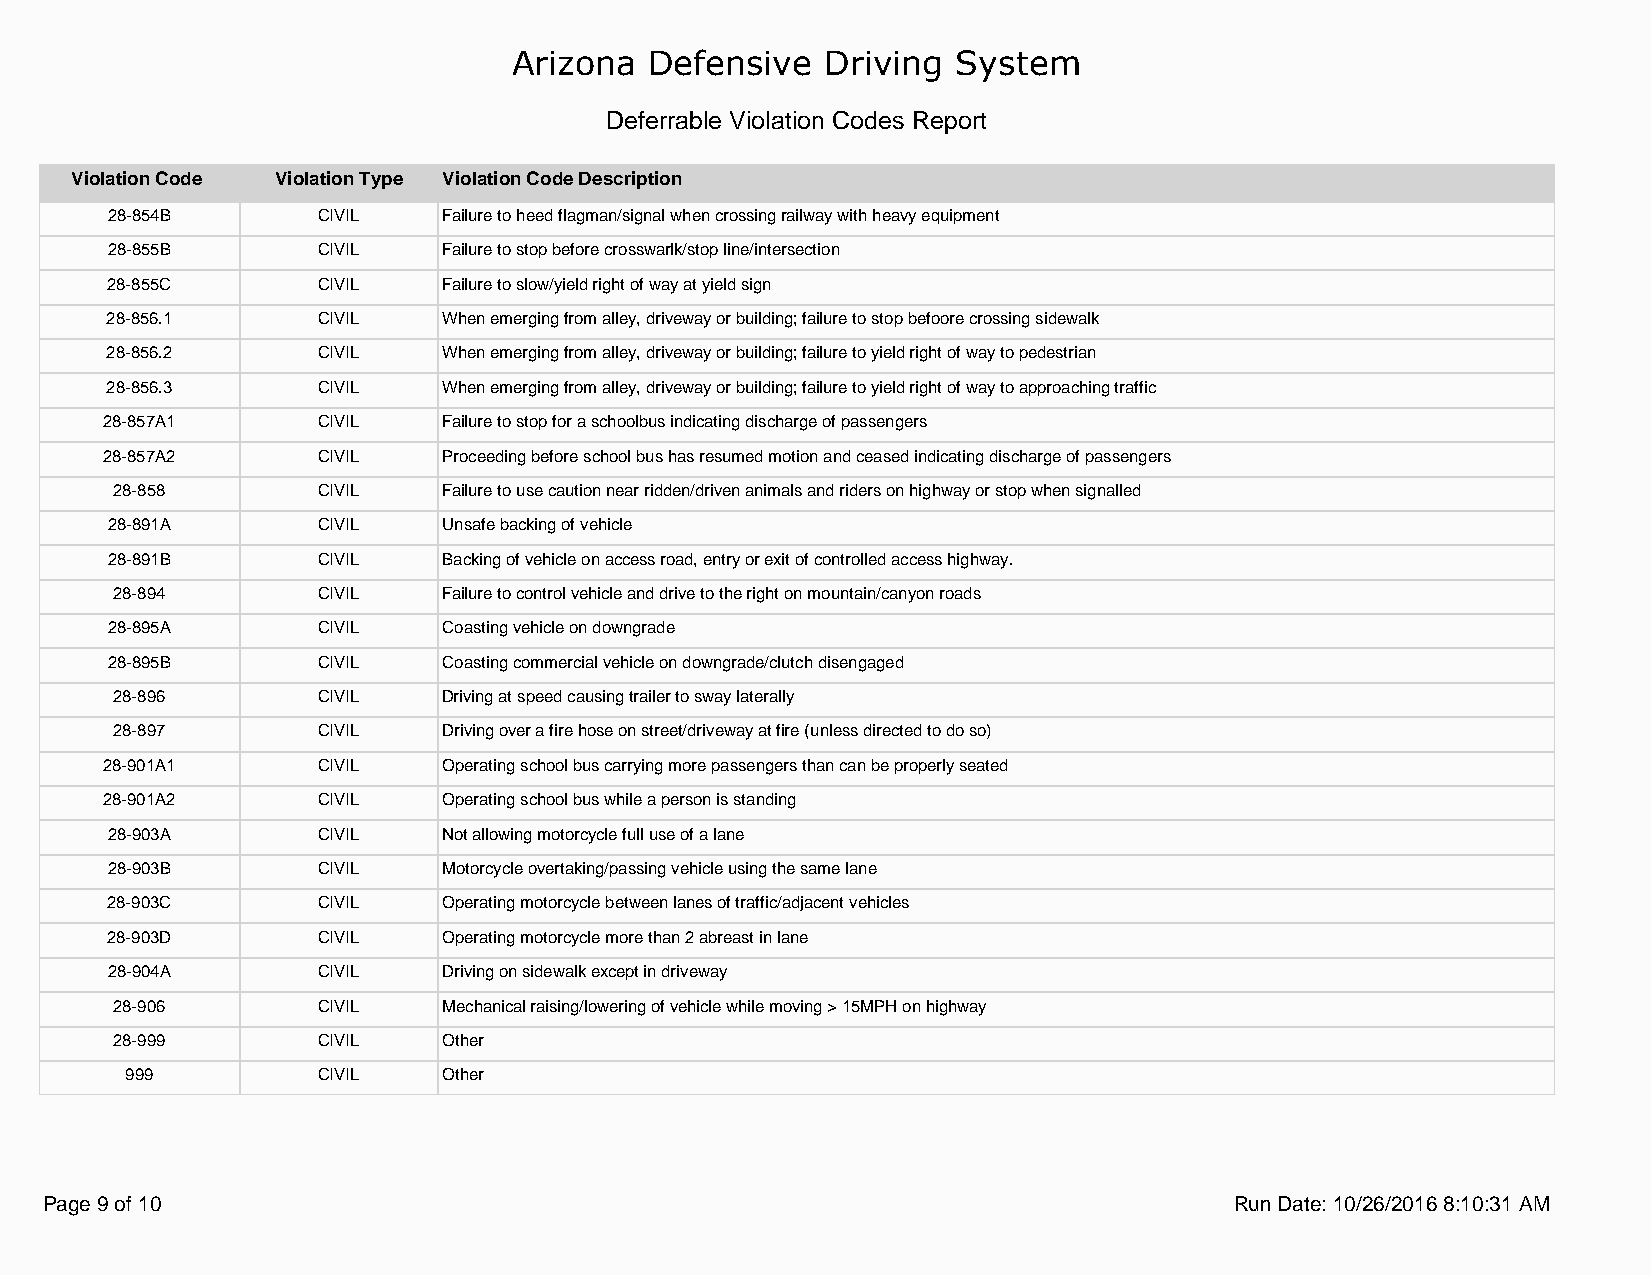
Arizona  Defensive   Driving System
 Deferrable Violation Codes Report
 Violation Code Violation Type Violation Code Description
 28-854B       CIVIL   Failure to heed flagman/signal when crossing railway with heavy equipment
 28-855B       CIVIL   Failure to stop before crosswarlk/stop line/intersection
 28-855C       CIVIL   Failure to slow/yield right of way at yield sign
 28-856.1      CIVIL   When emerging from alley, driveway or building; failure to stop befoore crossing sidewalk
 28-856.2      CIVIL   When emerging from alley, driveway or building; failure to yield right of way to pedestrian
 28-856.3      CIVIL   When emerging from alley, driveway or building; failure to yield right of way to approaching traffic
 28-857A1      CIVIL   Failure to stop for a schoolbus indicating discharge of passengers
 28-857A2      CIVIL   Proceeding before school bus has resumed motion and ceased indicating discharge of passengers
 28-858        CIVIL   Failure to use caution near ridden/driven animals and riders on highway or stop when signalled
 28-891A       CIVIL   Unsafe backing of vehicle
 28-891B       CIVIL   Backing of vehicle on access road, entry or exit of controlled access highway.
 28-894        CIVIL   Failure to control vehicle and drive to the right on mountain/canyon roads
 28-895A       CIVIL   Coasting vehicle on downgrade
 28-895B       CIVIL   Coasting commercial vehicle on downgrade/clutch disengaged
 28-896        CIVIL   Driving at speed causing trailer to sway laterally
 28-897        CIVIL   Driving over a fire hose on street/driveway at fire (unless directed to do so)
 28-901A1      CIVIL   Operating school bus carrying more passengers than can be properly seated
 28-901A2      CIVIL   Operating school bus while a person is standing
 28-903A       CIVIL   Not allowing motorcycle full use of a lane
 28-903B       CIVIL   Motorcycle overtaking/passing vehicle using the same lane
 28-903C       CIVIL   Operating motorcycle between lanes of traffic/adjacent vehicles
 28-903D       CIVIL   Operating motorcycle more than 2 abreast in lane
 28-904A       CIVIL   Driving on sidewalk except in driveway
 28-906        CIVIL   Mechanical raising/lowering of vehicle while moving > 15MPH on highway
 28-999        CIVIL   Other
 999          CIVIL   Other
 Page 9 of 10                                                                   Run Date: 10/26/2016 8:10:31 AM